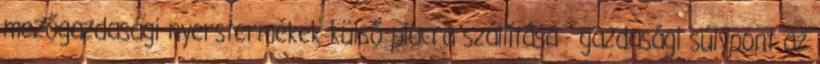
mezőgazdasági nyerstermékek külső piacra szállítása - gazdasági súlypont az